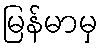
မြန်မာမှ